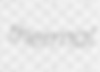
thermal